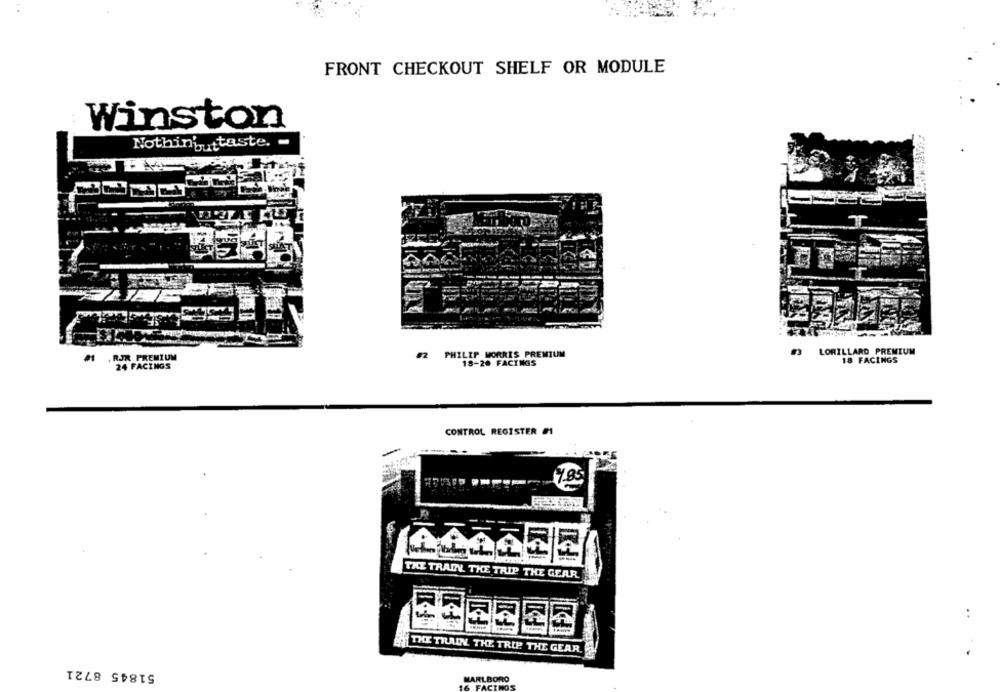
FRONT CHECKOUT SHELF OR MODULE
Winston
Nothininttaste. -
LORILLARD PREMIUM
.RJR PREMIUM
#2 PHILIP MORRIS PREMIUM
18 FACINGS
24 FACINGS
18-20 FACINGS
CONTROL REGISTER #1
4.85
THE TRAIN THE TRIP THE GEAR
..
THE TRAIN THE TRIP THE GEAR.
51845 8721
MARLBORO
FACTKK